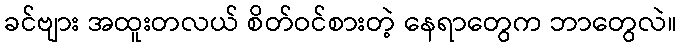
ခင်ဗျား အထူးတလယ် စိတ်ဝင်စားတဲ့ နေရာတွေက ဘာတွေလဲ။